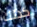
كذلك